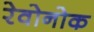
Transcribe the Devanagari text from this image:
रेवोनोक